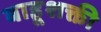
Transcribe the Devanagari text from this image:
बाहूशक्ती